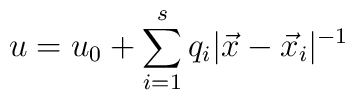
u = u_0 + \sum_{i=1}^s q_i | \vec{x} - \vec{x}_i | ^{-1}